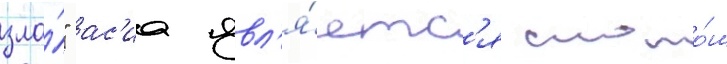
зла́" ас'иа явл'я́етс'я слоно́м